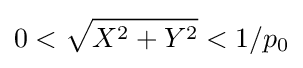
0<{\sqrt {X^{2}+Y^{2}}}<1/p_{0}